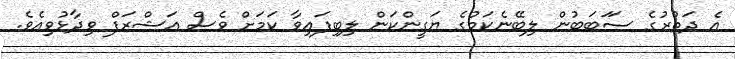
އެ ދަތުރުގެ ސަަބަބުން ލިބޭނެކަމުގެ ޔަގީންކަން ލިބިފައިވާ ކަމަށް ވެސް އަޝްރަފް ވިދާޅުވިއެވެ.